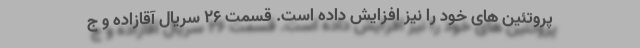
پروتئین های خود را نیز افزایش داده است. قسمت 26 سریال آقازاده و ج